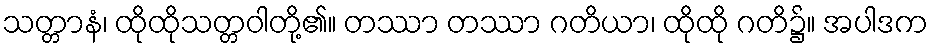
သတ္တာနံ၊ ထိုထိုသတ္တဝါတို့၏။ တဿာ တဿာ ဂတိယာ၊ ထိုထို ဂတိ၌။ အပါဒက